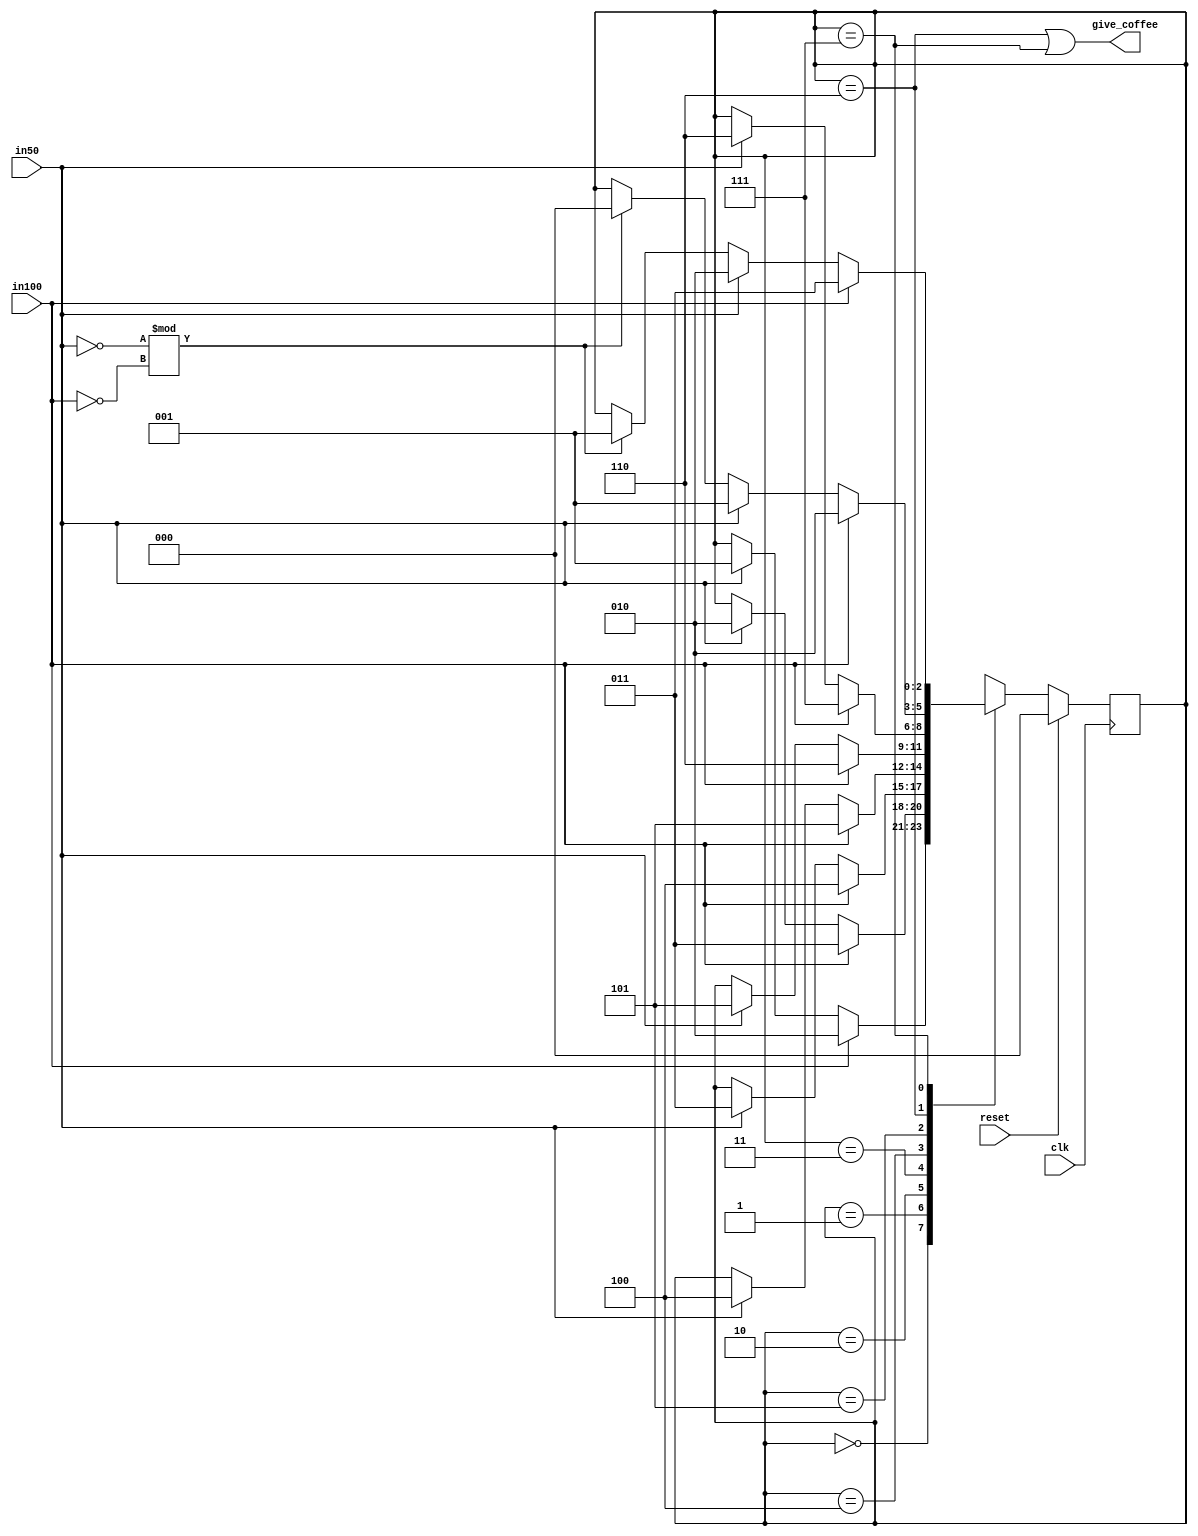
`timescale 1ns / 1ps
//////////////////////////////////////////////////////////////////////////////////
// Company: 
// Engineer: 
// 
// Design Name: 
// Module Name: FSM
// Project Name: 
// Target Devices: 
// Tool Versions: 
// Description: 
// 
// Dependencies: 
// 
// Revision:
// Revision 0.01 - File Created
// Additional Comments:
// 
//////////////////////////////////////////////////////////////////////////////////


module FSM(
        input in50 , in100 , reset , clk,
        output give_coffee
    );
    
    localparam state_0b = 3'b000;
    localparam state_50b = 3'b001;
    localparam state_100b = 3'b010;
    localparam state_150b = 3'b011;
    localparam state_200b = 3'b100;
    localparam state_250b = 3'b101;
    localparam state_300b = 3'b110;
    localparam state_350b = 3'b111;
    
    reg [2:0] state , state_next;
    
    always@(posedge clk)
    begin
    if(reset)
    state <= state_0b;
    else
    state <= state_next;
    end
    
    always@(*)
    begin
    state_next = state;
    case(state)
        state_0b: 
            begin
                if(in50) state_next = state_50b;
                if(in100) state_next = state_100b;
            end
          
         state_50b: 
            begin
                if(in50) state_next = state_100b;
                if(in100) state_next = state_150b;
            end
            
         state_100b: 
            begin
                if(in50) state_next = state_150b;
                if(in100) state_next = state_200b;
            end
            
         state_150b: 
            begin
                if(in50) state_next = state_200b;
                if(in100) state_next = state_250b;
            end
            
         state_200b: 
            begin
                if(in50) state_next = state_250b;
                if(in100) state_next = state_300b;
            end
          
         state_250b: 
            begin
                if(in50) state_next = state_300b;
                if(in100) state_next = state_350b;
            end
            
         state_300b: 
            begin
                if(!in50 % !in100) state_next = state_0b;
                if(in50) state_next = state_50b;
                if(in100) state_next = state_100b;
            end                  
          
         state_350b: 
            begin
                if(!in50 % !in100) state_next = state_50b;
                if(in50) state_next = state_100b;
                if(in100) state_next = state_150b;
            end   
            
    endcase
    end
    
    assign give_coffee = (state == state_300b || state == state_350b);
    
endmodule